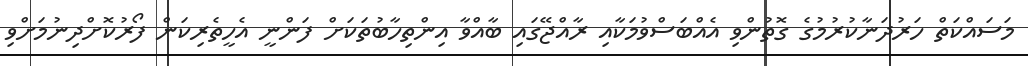
މަސައްކަތް ހަރުދަނާކުރުމުގެ ގޮތުންވި އެއްބަސްވުމަކާއި ރާއްޖޭގައި ބާއްވާ އިންތިހާބުތަކަށް ފަންނީ އެހީތެރިކަން ފޯރުކޮށްދިނުމަށްވި